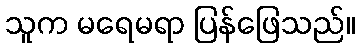
သူက မရေမရာ ပြန်ဖြေသည်။